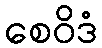
စေဝိဒံ